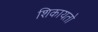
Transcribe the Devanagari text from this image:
शिकायतो